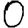
Digit: 0